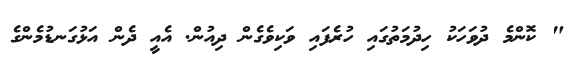
" ކޮންމެ ދުވަހަކު ހިދުމަތުގައި ހުރެފައި ވަކިވެގެން ދިއުން. އެއީ ދެން އަޅުގަނޑުމެންގެ